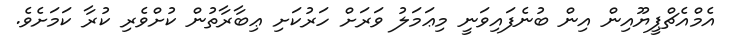
އެމްއެޗްޕީޔޫއިން އިން ބުނެފައިވަނީ މިޢަމަލު ވަރަށް ހަރުކަށި ޢިބާރާތުން ކުށްވެރި ކުރާ ކަމަށެވެ.